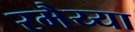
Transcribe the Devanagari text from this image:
रमैय्या